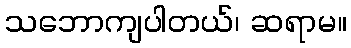
သဘောကျပါတယ်၊ ဆရာမ။